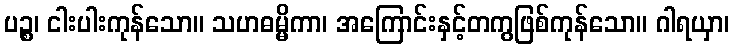
ပဉ္စ၊ ငါးပါးကုန်သော။ သဟဓမ္မိကာ၊ အကြောင်းနှင့်တကွဖြစ်ကုန်သော။ ဂါရယှာ၊